Statistics compiled by the Government of India from the reports of provincial Civil Veterinary Departments
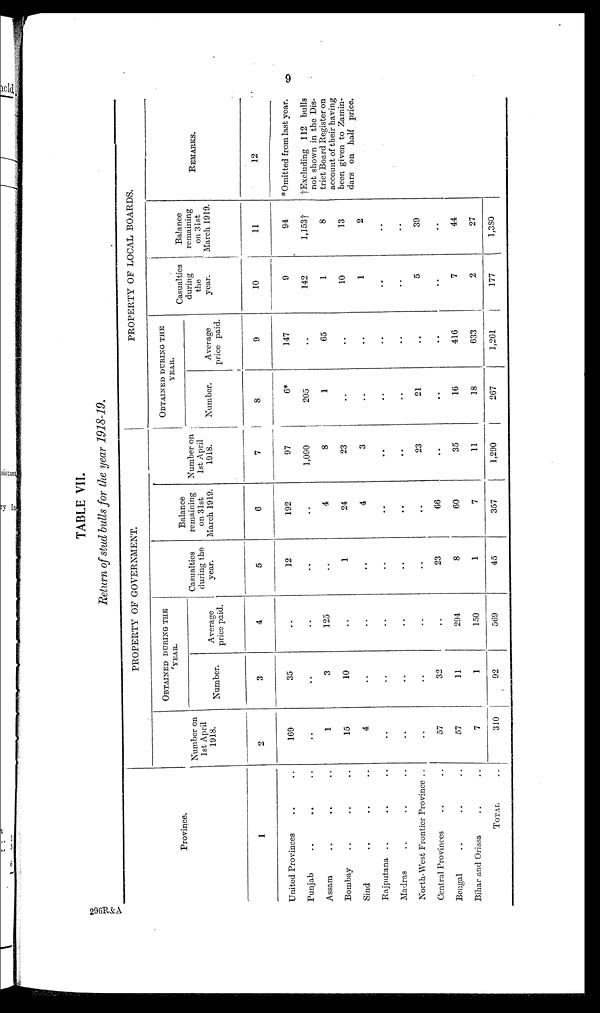
9
TABLE VII.
Return of stud bulls for the year 1918-19.
Province.
1
United Provinces .. ..
Punjab
..
..
..
Assam
..
..
..
Bombay .. .. ..
Sind
..
..
..
Rajputana
..
..
..
Madras .. .. ..
North-West Frontier Province ..
Central Provinces .. ..
Bengal
..
..
..
Bihar and Orissa .. ..
TOTAL ..
PROPERTY OF GOVERNMENT.
Number on
1st April
1918.
2
169
..
1
15
4
..
..
..
57
57
7
310
OBTAINED DUERING THE
YEAR.
Number.
3
35
..
3
10
..
..
..
..
32
11
1
92
Average
price paid.
4
..
..
125
..
..
..
..
..
..
294
150
509
Casualties
during the
year.
5
12
..
..
1
..
..
..
..
23
8
1
45
Balance
remaining
on 31st
March 1919.
6
192
..
4
24
4
..
..
..
66
60
7
357
Number on
1st April
1918.
7
97
1,090
8
23
3
..
..
23
..
35
11
1,290
PROPERTY OF LOCAL BOARDS.
OBTAINED DURING THE
YEAR
Number.
8
6*
205
1
..
..
..
..
21
..
16
18
267
Average
price paid.
9
147
..
65
..
..
..
..
..
..
416
633
1,261
Casualties
during
the
year.
10
9
142
1
10
1
..
..
5
..
7
2
177
Balance
remaining
on 31st
March 1919.
11
94
1,153†
8
13
2
..
..
39
..
44
27
1,380
REMARKS.
12
*Omitted from last year.
†Excluding 112 bulls
not shown in the Dis-
trict Board Register on
account of their having
been given to Zamin-
dars on half price.
296R&A